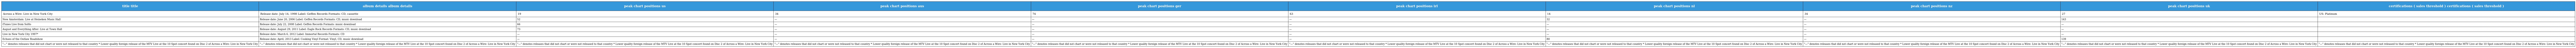
| title title | album details album details | peak chart positions us | peak chart positions aus | peak chart positions ger | peak chart positions irl | peak chart positions nl | peak chart positions nz | peak chart positions uk | certifications ( sales threshold ) certifications ( sales threshold ) |
 | --- | --- | --- | --- | --- | --- | --- | --- | --- | --- |
 | Across a Wire: Live in New York City | Release date: July 14, 1998 Label: Geffen Records Formats: CD, cassette | 19 | 34 | 74 | 63 | 14 | 34 | 27 | US: Platinum |
 | New Amsterdam: Live at Heineken Music Hall | Release date: June 20, 2006 Label: Geffen Records Formats: CD, music download | 52 | — | — | — | 32 | — | 143 |  |
 | iTunes Live from SoHo | Release date: July 22, 2008 Label: Geffen Records Formats: music download | 66 | — | — | — | — | — | — |  |
 | August and Everything After: Live at Town Hall | Release date: August 29, 2011 Label: Eagle Rock Records Formats: CD, music download | 73 | — | — | — | — | — | — |  |
 | Live in New York City 1997* | Release date: March 6, 2012 Label: Immortal Records Formats: CD | — | — | — | — | — | — | — |  |
 | Echoes of the Outlaw Roadshow | Release date: April, 2013 Label: Cooking Vinyl Format: Vinyl, CD, music download | — | — | — | — | 80 | — | 139 |  |
 | "—" denotes releases that did not chart or were not released to that country * Lower quality foreign release of the MTV Live at the 10 Spot concert found on Disc 2 of Across a Wire: Live in New York City | "—" denotes releases that did not chart or were not released to that country * Lower quality foreign release of the MTV Live at the 10 Spot concert found on Disc 2 of Across a Wire: Live in New York City | "—" denotes releases that did not chart or were not released to that country * Lower quality foreign release of the MTV Live at the 10 Spot concert found on Disc 2 of Across a Wire: Live in New York City | "—" denotes releases that did not chart or were not released to that country * Lower quality foreign release of the MTV Live at the 10 Spot concert found on Disc 2 of Across a Wire: Live in New York City | "—" denotes releases that did not chart or were not released to that country * Lower quality foreign release of the MTV Live at the 10 Spot concert found on Disc 2 of Across a Wire: Live in New York City | "—" denotes releases that did not chart or were not released to that country * Lower quality foreign release of the MTV Live at the 10 Spot concert found on Disc 2 of Across a Wire: Live in New York City | "—" denotes releases that did not chart or were not released to that country * Lower quality foreign release of the MTV Live at the 10 Spot concert found on Disc 2 of Across a Wire: Live in New York City | "—" denotes releases that did not chart or were not released to that country * Lower quality foreign release of the MTV Live at the 10 Spot concert found on Disc 2 of Across a Wire: Live in New York City | "—" denotes releases that did not chart or were not released to that country * Lower quality foreign release of the MTV Live at the 10 Spot concert found on Disc 2 of Across a Wire: Live in New York City | "—" denotes releases that did not chart or were not released to that country * Lower quality foreign release of the MTV Live at the 10 Spot concert found on Disc 2 of Across a Wire: Live in New York City |